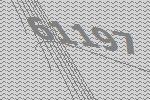
61197